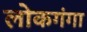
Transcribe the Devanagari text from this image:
लोकगंगा